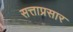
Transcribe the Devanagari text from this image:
सत्ताप्रसार